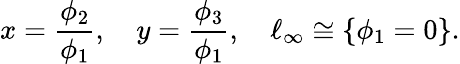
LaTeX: x={\frac{\phi_{2}}{\phi_{1}}},\quad y={\frac{\phi_{3}}{\phi_{1}}},\quad\ell_{\infty}\cong\{ \phi_{1}=0\} .